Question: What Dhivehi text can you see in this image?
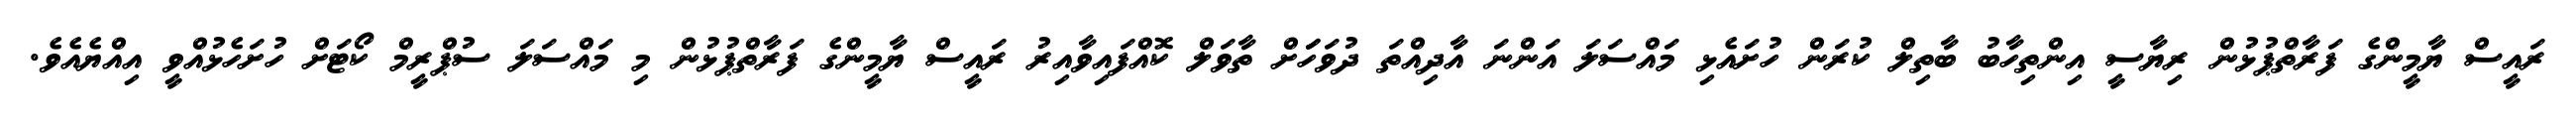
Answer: ރައީސް ޔާމީންގެ ފަރާތްޕުޅުން ރިޔާސީ އިންތިހާބު ބާތިލް ކުރަން ހުށައެޅި މައްސަލަ އަންނަ އާދިއްތަ ދުވަހަަށް ތާވަލް ކޮއްފައިވާއިރު ރައީސް ޔާމީންގެ ފަރާތްޕުޅުން މި މައްސަލަ ސުޕްރީމް ކޯޓަށް ހުށަހެޅުއްވީ އިއްޔެއެވެ.